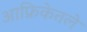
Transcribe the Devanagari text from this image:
आफ्रिकेतले